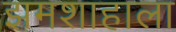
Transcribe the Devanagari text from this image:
झमशाहाला